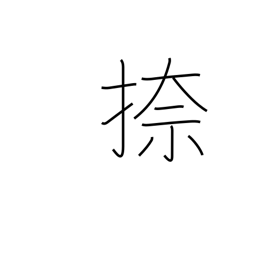
Meaning: print